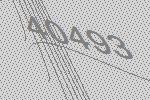
40493